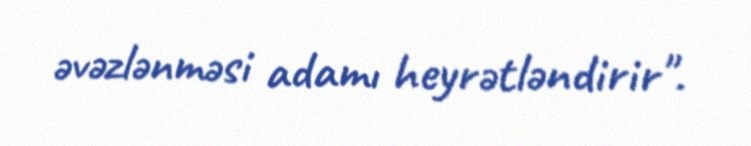
əvəzlənməsi adamı heyrətləndirir".